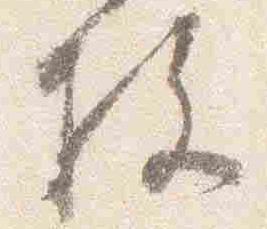
枚